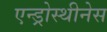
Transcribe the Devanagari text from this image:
एन्ड्रोस्थीनेस